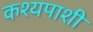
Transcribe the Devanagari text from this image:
कश्यपाशी